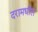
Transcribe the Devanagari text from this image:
दरामधील